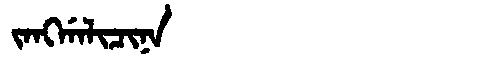
Manchu: ᠵᠠᠩᡤᠠᠯᡳᠴᡳᠨᠠ
Romanization: JANGGALICINA